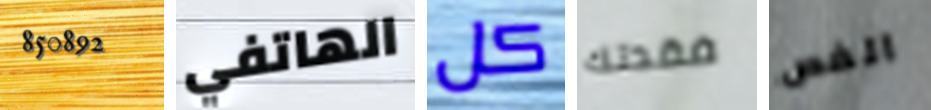
850892 الهاتفي كل فقدتك الفص